Serum-therapy of plague in India - Number 20
Disease focus: Plague
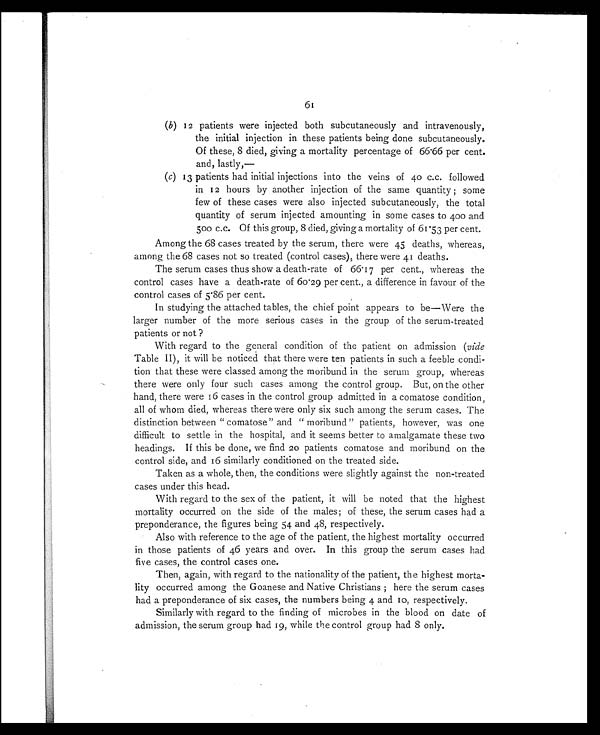
61
(b)12 patients were injected both subcutaneously and intravenously,
the initial injection in these patients being done subcutaneously.
Of these, 8 died, giving a mortality percentage of 66.66 per cent.
and, lastly,—
(c)13 patients had initial injections into the veins of 40 c.c. followed
in 12 hours by another injection of the same quantity ; some
few of these cases were also injected subcutaneously, the total
quantity of serum injected amounting in some cases to 400 and
500 c.c. Of this group, 8 died, giving a mortality of 61.53 per cent.
Among the 68 cases treated by the serum, there were 45 deaths, whereas,
among the 68 cases not so treated (control cases), there were 41 deaths.
The serum cases thus show a death-rate of 66.17 per cent., whereas the
control cases have a death-rate of 60.29 per cent., a difference in favour of the
control cases of 5.86 per cent.
In studying the attached tables, the chief point appears to be—Were the
larger number of the more serious cases in the group of the serum-treated
patients or not ?
With regard to the general condition of the patient on admission ( vide
Table II), it will be noticed that there were ten patients in such a feeble condi-
tion that these were classed among the moribund in the serum group, whereas
there were only four such cases among the control group. But, on the other
hand, there were 16 cases in the control group admitted in a comatose condition,
all of whom died, whereas there were only six such among the serum cases. The
distinction between "comatose" and "moribund" patients, however, was one
difficult to settle in the hospital, and it seems better to amalgamate these two
headings. If this be done, we find 20 patients comatose and moribund on the
control side, and 16 similarly conditioned on the treated side.
Taken as a whole, then, the conditions were slightly against the non-treated
cases under this head.
With regard to the sex of the patient, it will be noted that the highest
mortality occurred on the side of the males; of these, the serum cases had a
preponderance, the figures being 54 and 48, respectively.
Also with reference to the age of the patient, the highest mortality occurred
in those patients of 46 years and over. In this group the serum cases had
five cases, the control cases one.
Then, again, with regard to the nationality of the patient, the highest morta-
lity occurred among the Goanese and Native Christians ; here the serum cases
had a preponderance of six cases, the numbers being 4 and 10, respectively.
Similarly with regard to the finding of microbes in the blood on date of
admission, the serum group had 19, while the control group had 8 only.